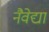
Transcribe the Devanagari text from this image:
नैवेद्या